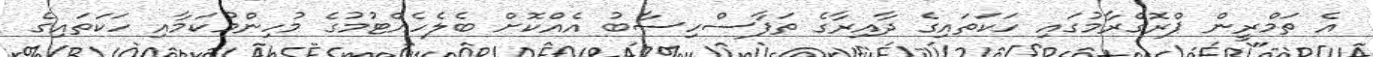
އެ ތަމްރީން ޕްރޮގްރާމުގައި ހަކަތައިގެ ދާއިރާގެ ތަފާސްހިސާބު އެއްކޮށް ބެލެހެއްޓުމުގެ މުހިންމުކަމާއި ހަކަތައިގެ